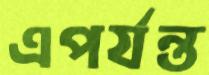
এপর্যন্ত